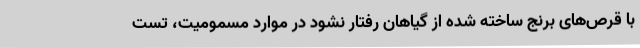
با قرص‌های برنج ساخته شده از گیاهان رفتار نشود در موارد مسمومیت، تست